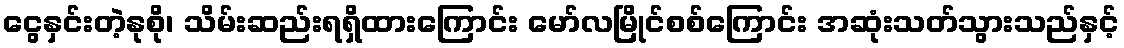
ငွေနှင်းတဲ့နုစို၊ သိမ်းဆည်းရရှိထားကြောင်း မော်လမြိုင်စစ်ကြောင်း အဆုံးသတ်သွားသည်နှင့်